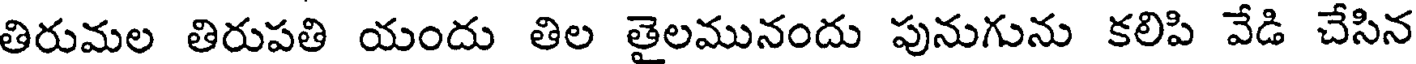
తిరుమల తిరుపతి యందు తిల తైలమునందు పునుగును కలిపి వేడి చేసిన